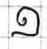
១